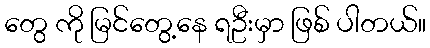
တွေ ကို မြင်တွေ့နေ ရဦးမှာ ဖြစ် ပါတယ်။